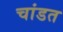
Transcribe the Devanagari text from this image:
चांडत